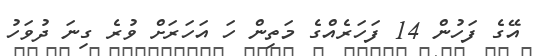
އޭގެ ފަހުން 14 ފަހަރެއްގެ މަތިން ހަ އަހަރަށް ވުރެ ގިނަ ދުވަހު